Civil Veterinary Dept. Bombay admin report 1893-99 - 1893-1899
Year: 1893
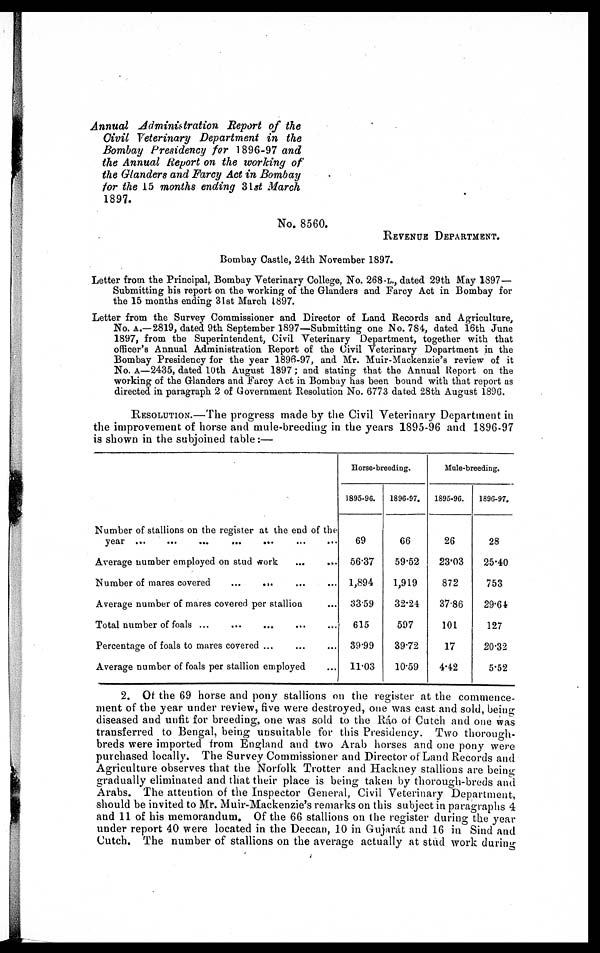
Annual
Administration
Report of the
Civil Veterinary
Department
in the
Bombay Presidency
for 1896-97 and
the Annual Report on the working
of
the Glanders and Farcy Act in Bombay
for the 15 months ending 31st March
1897.
No. 8560.
REVENUE DEPARTMENT.
Bombay Castle, 24th November 1897.
Letter from the Principal, Bombay Veterinary College, No. 268-L., dated 29th May 1897—
Submitting his report on the working of the Glanders and Farcy Act in Bombay for
the 15 months ending 31st March 1897.
Letter from the Survey Commissioner and Director of Land Records and Agriculture,
No. A.—2819, dated 9th September 1897—Submitting one No. 784, dated 16th June
1897, from the Superintendent, Civil Veterinary Department, together with that
officer's Annual Administration Report of the Civil Veterinary Department in the
Bombay Presidency for the year 1896-97, and Mr. Muir-Mackenzie's review of it
No. A—2435, dated 10th August 1897; and stating that the Annual Report on the
working of the Glanders and Farcy Act in Bombay has been bound with that report as
directed in paragraph 2 of Government Resolution No. 6773 dated 28th August 1896.
RESOLUTION.—The progress made by the Civil Veterinary Department in
the improvement of horse and mule-breeding in the years 1895-96 and 1896-97
is shown in the subjoined table:—
Number of stallions on the register at the end of the
year ...
...
...
...
...
...
...
Average number employed on stud work ... ...
Number of mares covered
... ... ... ... ...
Average number of mares covered per stallion ...
Total number of foals ... ... ... ...
Percentage of foals to mares covered ... ... ... ...
Average number of foals per stallion employed ...
Horse-breeding.
1895-96.
69
56.37
1,894
3359
615
39.99
11.03
1896-97.
66
59.52
1,919
32.24
597
39.72
10.59
Male-breeding,
1895-96.
26
23.03
872
37.86
101
17
4.42
1896-97.
28
25.40
753
29.64
127
20.32
5.52
2. Of the 69 horse and pony stallions on the register at the commence-
ment of the year under review, five were destroyed, one was cast and sold, being
diseased and unfit for breeding, one was sold to the Ráo of Cutch and one was
transferred to Bengal, being unsuitable for this Presidency. Two thorough-
breds were imported from England and two Arab horses and one pony were
purchased locally. The Survey Commissioner and Director of Land Records and
Agriculture observes that the Norfolk Trotter and Hackney stallions are being
gradually eliminated and that their place is being taken by thorough-breds and
Arabs. The attention of the Inspector General, Civil Veterinary Department,
should be invited to Mr. Muir-Mackenzie's remarks on this subject in paragraphs 4
and 11 of his memorandum. Of the 66 stallions on the register during the year
under report 40 were located in the Deccan, 10 in Gujarát and 16 in Sind and
Cutch. The number of stallions on the average actually at stud work during